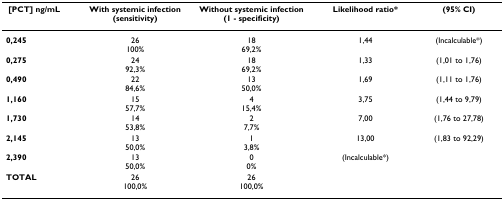
<table><thead><tr><td><b> [PCT] ng/mL</b></td><td><b>With systemic infection (sensitivity)</b></td><td><b>Without systemic infection (1 - specificity)</b></td><td><b>Likelihood ratio*</b></td><td><b>(95% CI)</b></td></tr></thead><tbody><tr><td><b>0,245</b></td><td>26100%</td><td>1869,2%</td><td>1,44</td><td>(Incalculable*)</td></tr><tr><td><b>0,275</b></td><td>2492,3%</td><td>1869,2%</td><td>1,33</td><td>(1,01 to 1,76)</td></tr><tr><td><b>0,490</b></td><td>2284,6%</td><td>1350,0%</td><td>1,69</td><td>(1,11 to 1,76)</td></tr><tr><td><b>1,160</b></td><td>1557,7%</td><td>415,4%</td><td>3,75</td><td>(1,44 to 9,79)</td></tr><tr><td><b>1,730</b></td><td>1453,8%</td><td>27,7%</td><td>7,00</td><td>(1,76 to 27,78)</td></tr><tr><td><b>2,145</b></td><td>1350,0%</td><td>13,8%</td><td>13,00</td><td>(1,83 to 92,29)</td></tr><tr><td><b>2,390</b></td><td>1350,0%</td><td>00%</td><td>(Incalculable*)</td><td></td></tr><tr><td><b>TOTAL</b></td><td>26100,0%</td><td>26100,0%</td><td></td><td></td></tr></tbody></table>